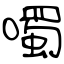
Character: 噣